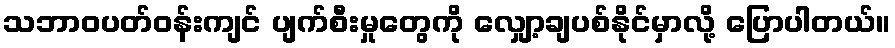
သဘာဝပတ်ဝန်းကျင် ပျက်စီးမှုတွေကို လျှော့ချပစ်နိုင်မှာလို့ ပြောပါတယ်။